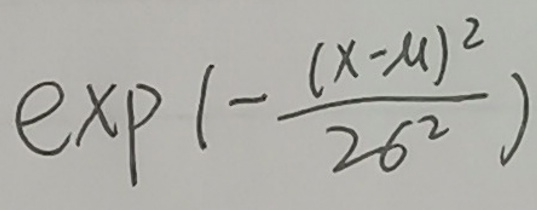
\[\exp\left(-\frac{(x - \mu)^2}{2\sigma^2}\right)\]